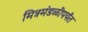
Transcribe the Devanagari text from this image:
मित्रमंडळींपर्यंत